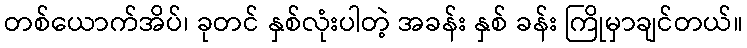
တစ်ယောက်အိပ်၊ ခုတင် နှစ်လုံးပါတဲ့ အခန်း နှစ် ခန်း ကြိုမှာချင်တယ်။